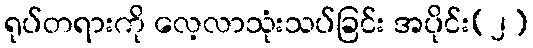
ရုပ်တရားကို လေ့လာသုံးသပ်ခြင်း အပိုင်း(၂)